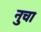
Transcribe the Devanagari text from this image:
नुचा